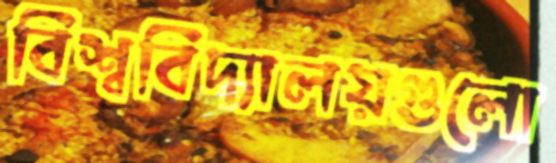
বিশ্ববিদ্যালয়গুলো